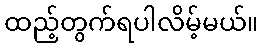
ထည့်တွက်ရပါလိမ့်မယ်။